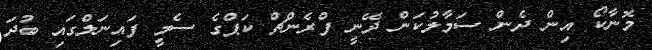
މޮނާކޯ އިން ދެން ސަމާލުކަން ދޭނީ ފްރެންޗް ކަޕްގެ ސެމީ ފައިނަލްގައި ބުދަ